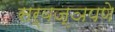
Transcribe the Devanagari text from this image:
सर्वज्ञपणे